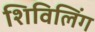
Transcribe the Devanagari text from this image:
शिविलिंग